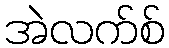
အဲလက်စ်